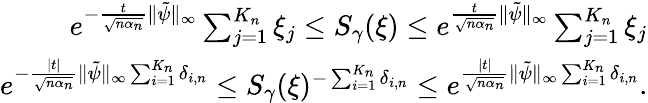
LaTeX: \begin{array}{r}{e^{-\frac{t}{\sqrt{n\alpha_{n}}}\| \tilde{\psi}\| _{\infty}}\sum_{j=1}^{K_{n}}\xi_{j}\leq S_{\gamma}(\xi)\leq e^{\frac{t}{\sqrt{n\alpha_{n}}}\| \tilde{\psi}\| _{\infty}}\sum_{j=1}^{K_{n}}\xi_{j}}\\ {e^{-\frac{|t|}{\sqrt{n\alpha_{n}}}\| \tilde{\psi}\| _{\infty}\sum_{i=1}^{K_{n}}\delta_{i,n}}\leq S_{\gamma}(\xi)^{-\sum_{i=1}^{K_{n}}\delta_{i,n}}\leq e^{\frac{|t|}{\sqrt{n\alpha_{n}}}\| \tilde{\psi}\| _{\infty}\sum_{i=1}^{K_{n}}\delta_{i,n}}.}\end{array}